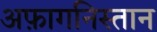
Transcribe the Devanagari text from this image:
अफ़ागनिस्तान